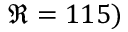
\Re = 1 1 5 )